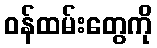
ဝန်ထမ်းတွေကို